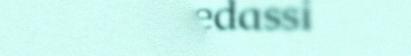
njoelkedassi